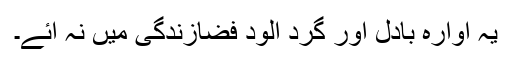
یہ آوارہ بادل اور گرد آلود فضازندگی میں نہ آئے۔